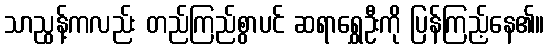
သာညွန့်ကလည်း တည်ကြည်စွာပင် ဆရာရွှေဦးကို ပြန်ကြည့်နေ၏။